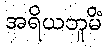
အရိယဘူမိံ